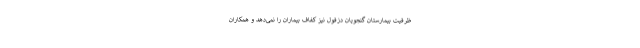
ظرفیت بیمارستان گنجویان دزفول نیز کفاف بیماران را نمی‌دهد و همکاران